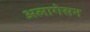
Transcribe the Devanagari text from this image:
अलागेसन